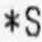
*S